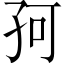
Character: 𡥚